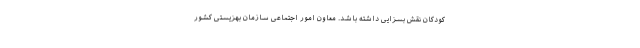
کودکان نقش بسزایی داشته باشد. معاون امور اجتماعی سازمان بهزیستی کشور